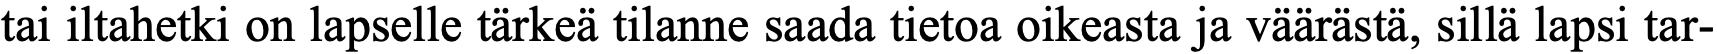
tai iltahetki on lapselle tärkeä tilanne saada tietoa oikeasta ja väärästä, sillä lapsi tar-